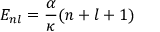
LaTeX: E _ { n l } = \frac { \alpha } { \kappa } ( n + l + 1 )